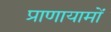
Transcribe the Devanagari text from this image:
प्राणायामों